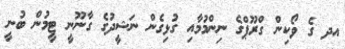
އދ ގެ ވޯކިން ގްރޫޕްގެ ނިންމުމާއި ގުޅިގެން ނަޝީދުގެ ގާނޫނީ ޓީމުން ބުނީ